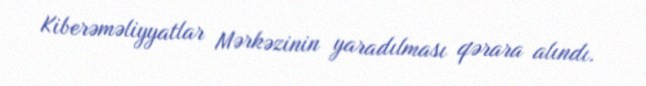
Kiberəməliyyatlar Mərkəzinin yaradılması qərara alındı.